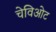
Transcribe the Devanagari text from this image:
चेविओट